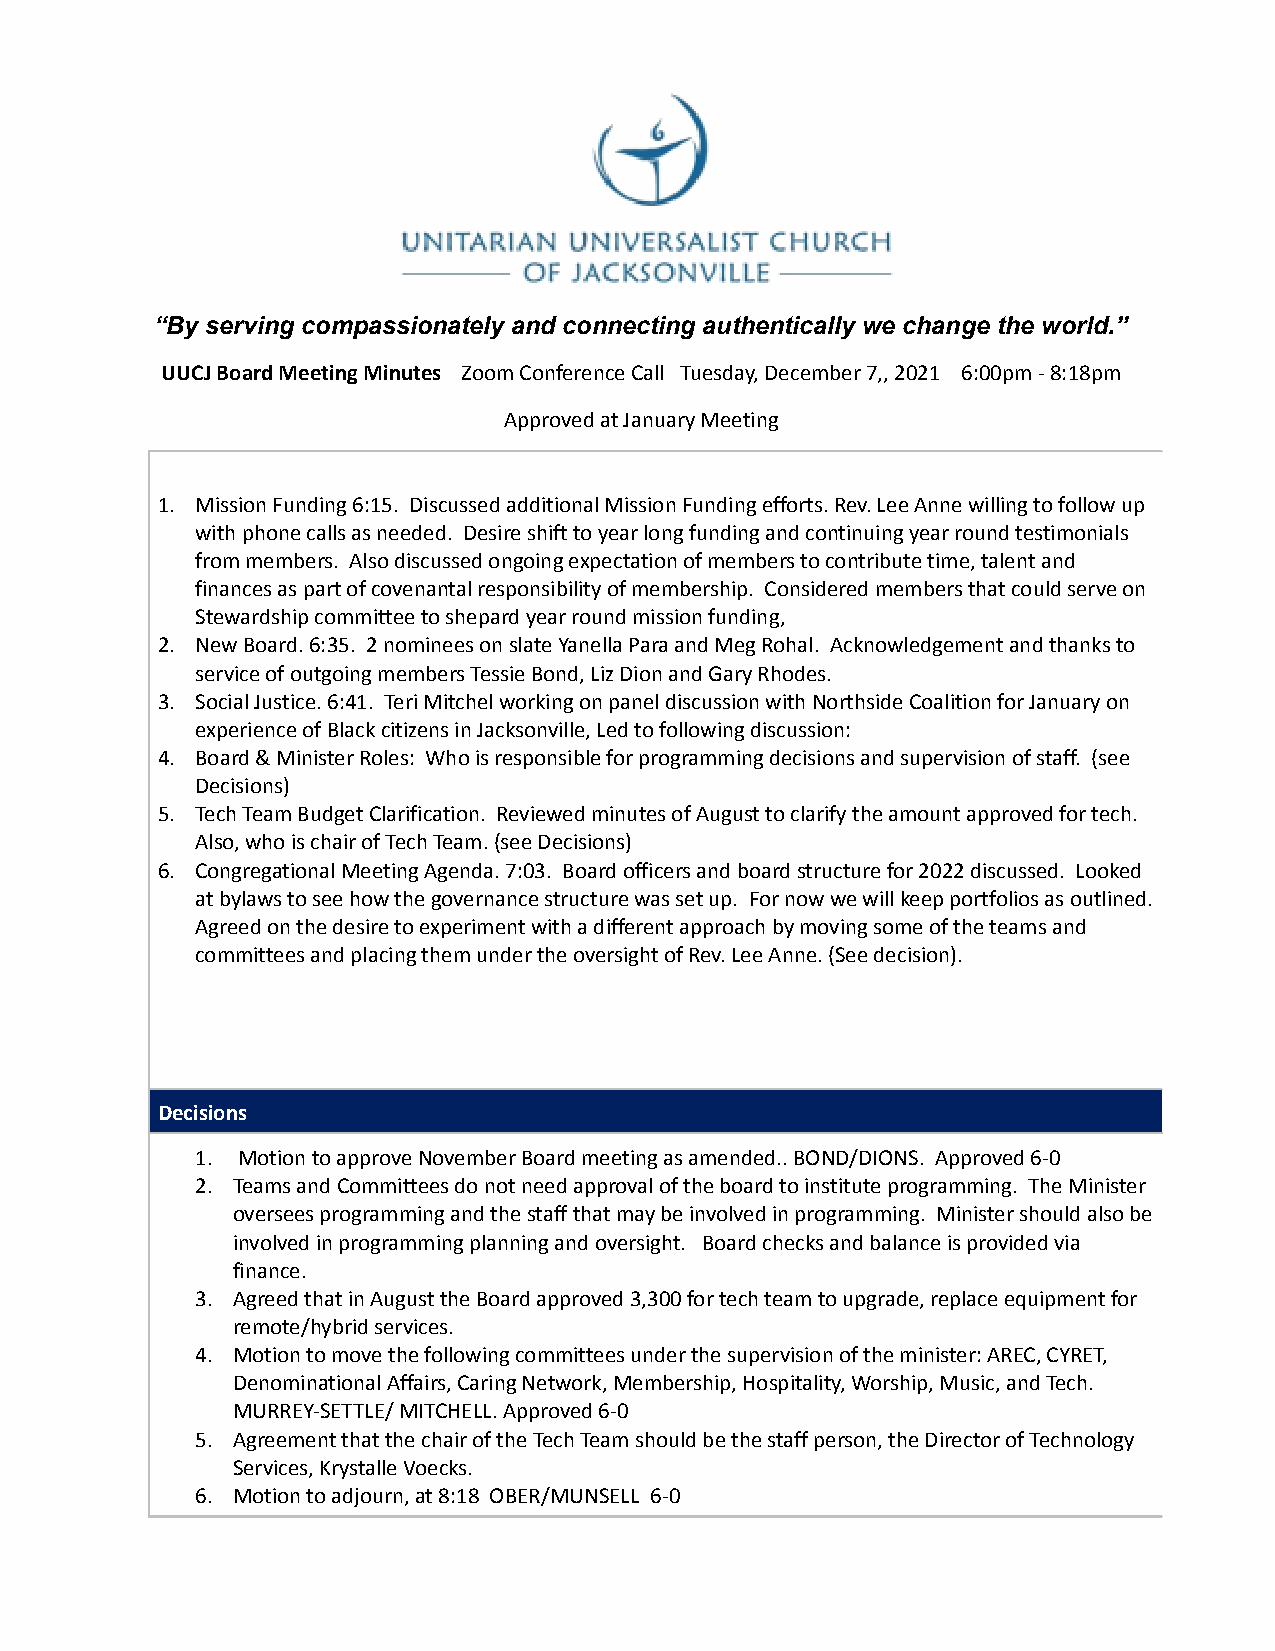
“By serving compassionately and connecting authentically we change the world.”
 UUCJ Board Meeting Minutes Zoom Conference Call Tuesday, December 7,, 2021 6:00pm - 8:18pm
 Approved at January Meeting
 1. Mission Funding 6:15. Discussed additional Mission Funding efforts. Rev. Lee Anne willing to follow up
 with phone calls as needed. Desire shift to year long funding and continuing year round testimonials
 from members. Also discussed ongoing expectation of members to contribute time, talent and
 finances as part of covenantal responsibility of membership. Considered members that could serve on
 Stewardship committee to shepard year round mission funding,
 2. New Board. 6:35. 2 nominees on slate Yanella Para and Meg Rohal. Acknowledgement and thanks to
 service of outgoing members Tessie Bond, Liz Dion and Gary Rhodes.
 3. Social Justice. 6:41. Teri Mitchel working on panel discussion with Northside Coalition for January on
 experience of Black citizens in Jacksonville, Led to following discussion:
 4. Board & Minister Roles: Who is responsible for programming decisions and supervision of staff. (see
 Decisions)
 5. Tech Team Budget Clarification. Reviewed minutes of August to clarify the amount approved for tech.
 Also, who is chair of Tech Team. (see Decisions)
 6. Congregational Meeting Agenda. 7:03. Board officers and board structure for 2022 discussed. Looked
 at bylaws to see how the governance structure was set up. For now we will keep portfolios as outlined.
 Agreed on the desire to experiment with a different approach by moving some of the teams and
 committees and placing them under the oversight of Rev. Lee Anne. (See decision).
 Decisions
 1. Motion to approve November Board meeting as amended.. BOND/DIONS. Approved 6-0
 2. Teams and Committees do not need approval of the board to institute programming. The Minister
 oversees programming and the staff that may be involved in programming. Minister should also be
 involved in programming planning and oversight. Board checks and balance is provided via
 finance.
 3. Agreed that in August the Board approved 3,300 for tech team to upgrade, replace equipment for
 remote/hybrid services.
 4. Motion to move the following committees under the supervision of the minister: AREC, CYRET,
 Denominational Affairs, Caring Network, Membership, Hospitality, Worship, Music, and Tech.
 MURREY-SETTLE/ MITCHELL. Approved 6-0
 5. Agreement that the chair of the Tech Team should be the staff person, the Director of Technology
 Services, Krystalle Voecks.
 6. Motion to adjourn, at 8:18 OBER/MUNSELL 6-0